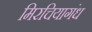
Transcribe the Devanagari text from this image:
मिरचियागंध